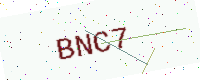
Text: BNC7